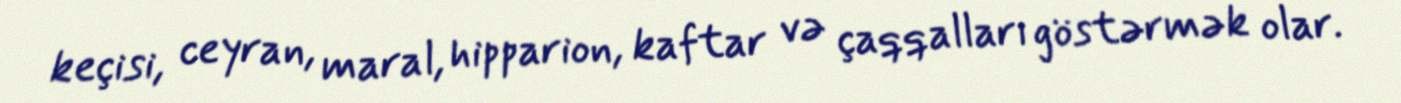
keçisi, ceyran, maral, hipparion, kaftar və çaqqalları göstərmək olar.